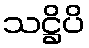
သဋ္ဌိပိ